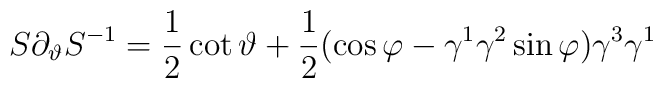
S\partial _\vartheta S^{-1}=\frac 12\cot \vartheta +\frac 12(\cos\varphi -\gamma ^1\gamma ^2\sin \varphi )\gamma ^3\gamma ^1